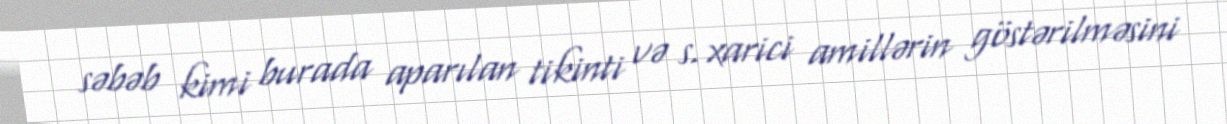
səbəb kimi burada aparılan tikinti və s. xarici amillərin göstərilməsini